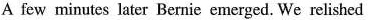
A few minutes later Bernie emerged. We relished